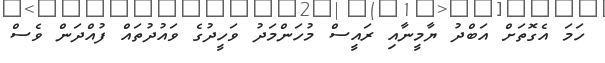
ހަމަ އެގޮތަށް އަބްދު ޔާމީނާއި ރައީސް މުހަންމަދު ވަހީދުގެ ވައުދުތައް ފުއްދަން ވެސް